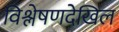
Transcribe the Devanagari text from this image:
विश्लेषणदेखिल